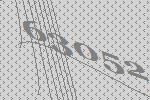
63052